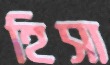
হিসা